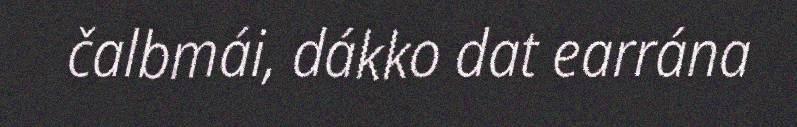
čalbmái, dákko dat earrána